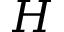
H